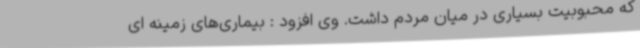
که محبوبیت بسیاری در میان مردم داشت. وی افزود : بیماری‌های زمینه ای